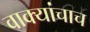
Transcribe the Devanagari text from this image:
वाक्यांचाच